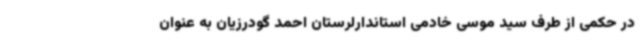
در حکمی از طرف سید موسی خادمی استاندارلرستان احمد گودرزیان به عنوان